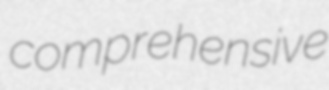
comprehensive